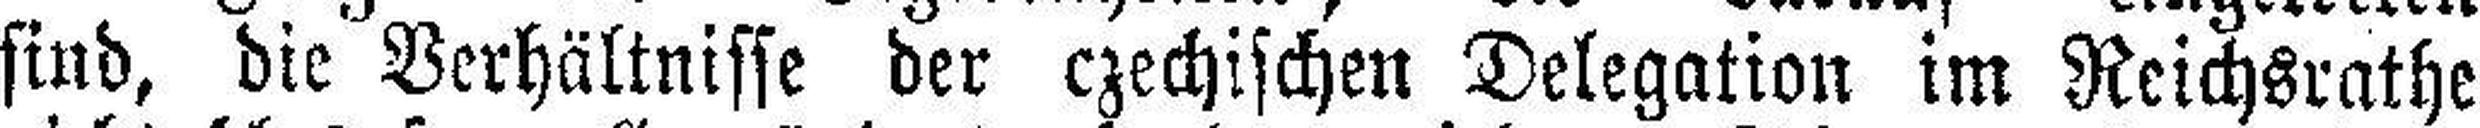
sind, die Verhältnisse der czechischen Delegation im Reichsrathe